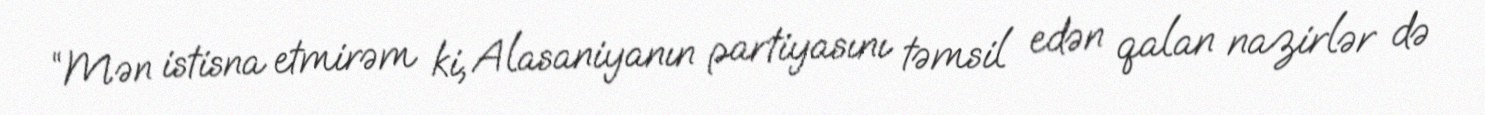
“Mən istisna etmirəm ki, Alasaniyanın partiyasını təmsil edən qalan nazirlər də